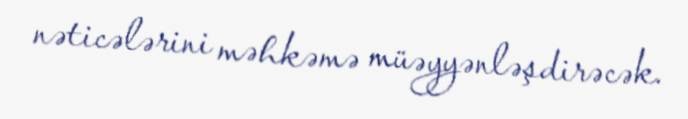
nəticələrini məhkəmə müəyyənləşdirəcək.